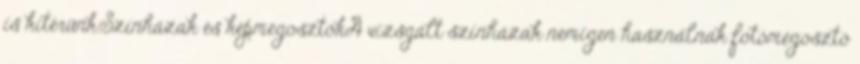
is kitérünk.Színházak és képmegosztókA vizsgált színházak nemigen használnak fotómegosztó